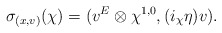
\begin{align*}\sigma_{(x,v)}(\chi)=(v^E\otimes\chi^{1,0},(i_\chi\eta) v).\end{align*}